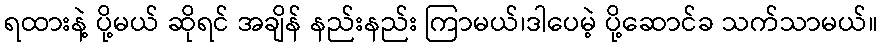
ရထားနဲ့ ပို့မယ် ဆိုရင် အချိန် နည်းနည်း ကြာမယ်၊ဒါပေမဲ့ ပို့ဆောင်ခ သက်သာမယ်။